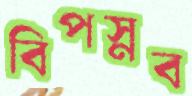
বিপস্নব